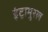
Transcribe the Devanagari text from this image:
इंट्रामुरल